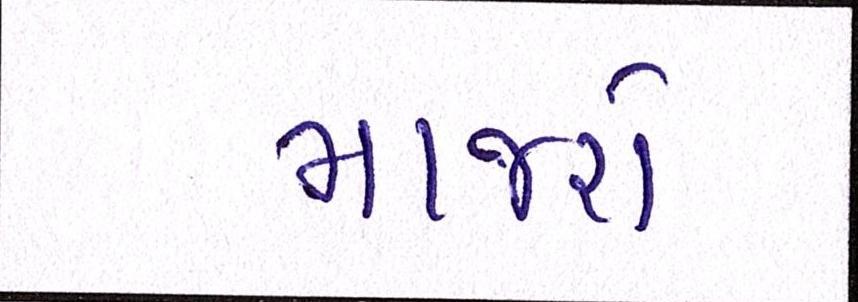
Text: માજરો